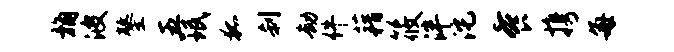
桷波鏊五珉狐刹劫件藉筱泮沱餐携每